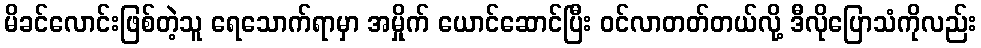
မိခင်လောင်းဖြစ်တဲ့သူ ရေသောက်ရာမှာ အမှိုက် ယောင်ဆောင်ပြီး ဝင်လာတတ်တယ်လို့ ဒီလိုပြောသံကိုလည်း